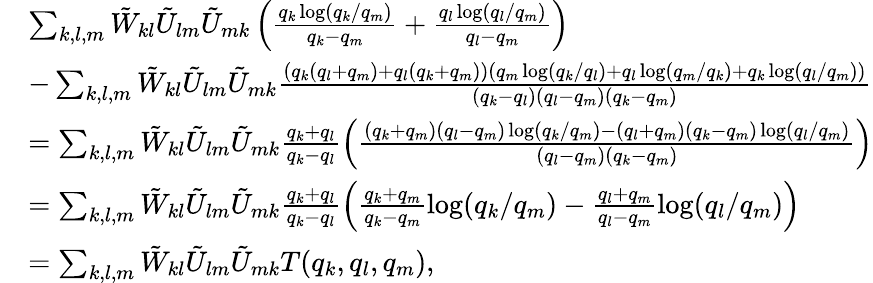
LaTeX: \begin{array}{rl}&{\sum_{k,l,m}\tilde{W}_{kl}\tilde{U}_{lm}\tilde{U}_{mk}\left(\frac{q_{k}\log(q_{k}/q_{m})}{q_{k}-q_{m}}+\frac{q_{l}\log(q_{l}/q_{m})}{q_{l}-q_{m}}\right)}\\ &{-\sum_{k,l,m}\tilde{W}_{kl}\tilde{U}_{lm}\tilde{U}_{mk}\frac{(q_{k}(q_{l}+q_{m})+q_{l}(q_{k}+q_{m}))(q_{m}\log(q_{k}/q_{l})+q_{l}\log(q_{m}/q_{k})+q_{k}\log(q_{l}/q_{m}))}{(q_{k}-q_{l})(q_{l}-q_{m})(q_{k}-q_{m})}}\\ &{=\sum_{k,l,m}\tilde{W}_{kl}\tilde{U}_{lm}\tilde{U}_{mk}\frac{q_{k}+q_{l}}{q_{k}-q_{l}}\left(\frac{(q_{k}+q_{m})(q_{l}-q_{m})\log(q_{k}/q_{m})-(q_{l}+q_{m})(q_{k}-q_{m})\log(q_{l}/q_{m})}{(q_{l}-q_{m})(q_{k}-q_{m})}\right)}\\ &{=\sum_{k,l,m}\tilde{W}_{kl}\tilde{U}_{lm}\tilde{U}_{mk}\frac{q_{k}+q_{l}}{q_{k}-q_{l}}\left(\frac{q_{k}+q_{m}}{q_{k}-q_{m}}\log(q_{k}/q_{m})-\frac{q_{l}+q_{m}}{q_{l}-q_{m}}\log(q_{l}/q_{m})\right)}\\ &{=\sum_{k,l,m}\tilde{W}_{kl}\tilde{U}_{lm}\tilde{U}_{mk}T(q_{k},q_{l},q_{m}),}\end{array}